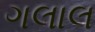
ગલાલ